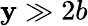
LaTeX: \mathbf{y}\gg2b